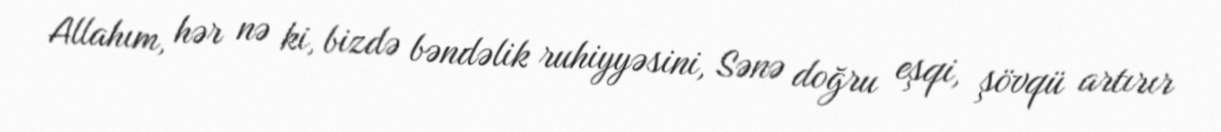
Allahım, hər nə ki, bizdə bəndəlik ruhiyyəsini, Sənə doğru eşqi, şövqü artırır